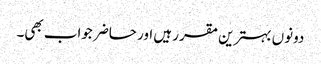
دونوں بہترین مقرر ہیں اور حاضر جواب بھی۔